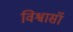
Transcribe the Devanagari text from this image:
विश्वासॉ